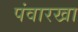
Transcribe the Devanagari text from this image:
पंवारखा